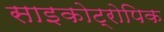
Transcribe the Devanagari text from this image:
साइकोट्रोपिक